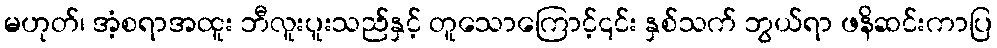
မဟုတ်၊ အံ့စရာအထူး ဘီလူးပူးသည်နှင့် တူသောကြောင့်၎င်း နှစ်သက် ဘွယ်ရာ ဖနိဆင်းကာပြ